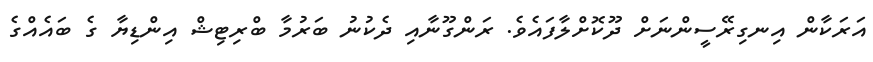
އަރަކާން އިނގިރޭސީންނަށް ދޫކޮށްލާފައެވެ. ރަންގޫނާއި ދެކުނު ބަރުމާ ބްރިޓިޝް އިންޑިޔާ ގެ ބައެއްގެ